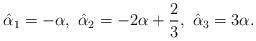
LaTeX: \begin{align*}\hat{\alpha}_{1}=-\alpha,\ \hat{\alpha}_{2}=-2\alpha+{2\over3},\ \hat{\alpha}_{3}=3\alpha.\end{align*}